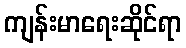
ကျန်းမာရေးဆိုင်ရာ